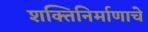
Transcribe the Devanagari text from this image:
शक्तिनिर्माणाचे